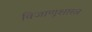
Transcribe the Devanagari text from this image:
विजाणूशास्त्र